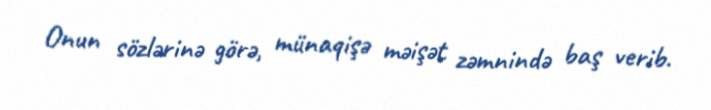
Onun sözlərinə görə, münaqişə məişət zəmnində baş verib.